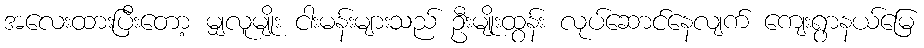
အလေးထားပြီးတော့ မျှလူမျိုး ငါးမန်းများသည် ဦးမျိုးထွန်း လုပ်ဆောင်နေလျက် ကျေးရွာနယ်မြေ